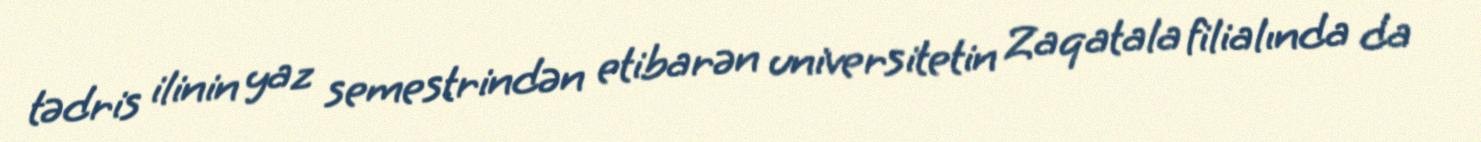
tədris ilinin yaz semestrindən etibarən universitetin Zaqatala filialında da